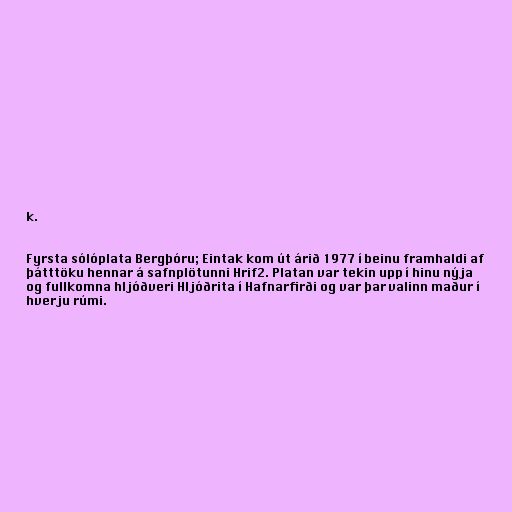
k.

Fyrsta sólóplata Bergþóru; Eintak kom út árið 1977 í beinu framhaldi af
þátttöku hennar á safnplötunni Hrif2. Platan var tekin upp í hinu nýja
og fullkomna hljóðveri Hljóðrita í Hafnarfirði og var þar valinn maður í
hverju rúmi.